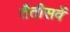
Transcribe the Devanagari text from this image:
तैतीसवें